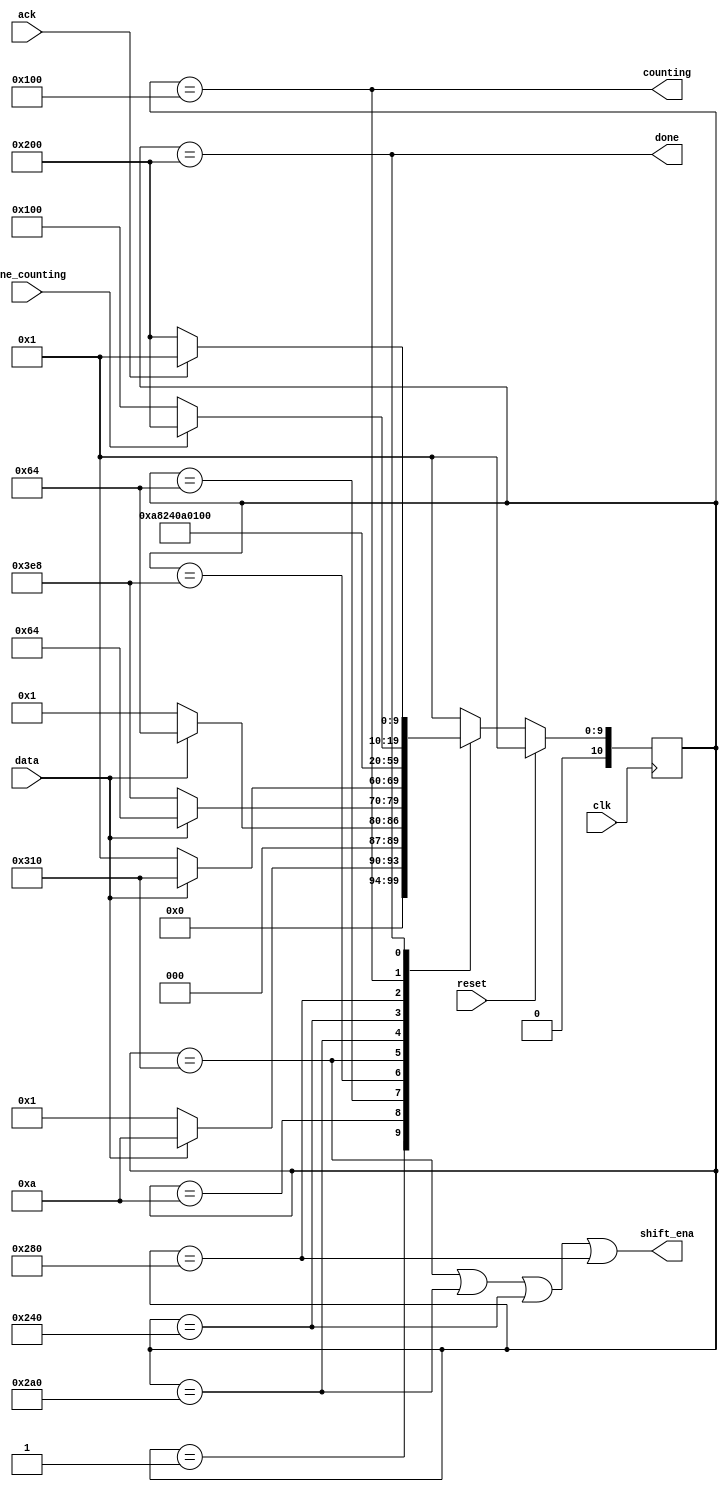
module top_module (
    input clk,
    input reset,      // Synchronous reset
    input data,
    output shift_ena,
    output counting,
    input done_counting,
    output done,
    input ack );
    parameter idle=      10'd000_000_000_1;
    parameter data_1=    10'd000_000_001_0;
    parameter data_11=   10'd000_000_010_0;
    parameter data_110=  10'd000_000_100_0;
    parameter shift_ena0=10'd000_001_000_0;
    parameter shift_ena1=10'd000_010_000_0;
    parameter shift_ena2=10'd000_100_000_0;
    parameter shift_ena3=10'd001_000_000_0;
    parameter cnting=    10'd010_000_000_0;
    parameter do_ne=      10'd100_000_000_0;
    reg [10:0]state;
    reg [10:0] next;
always @(posedge clk ) begin
    if (reset) begin
        state<=idle;
    end
    else begin
        state<=next;
    end
end
always @(*) begin
    case(state)
    idle      :begin
        if (data) begin
            next=data_1;
        end
        else begin
            next=idle;
        end
    end
    data_1    :begin
        if (data) begin
            next=data_11;
        end
        else begin
            next=idle;
        end
    end
    data_11   :begin
        if (!data) begin
            next=data_110;
        end
        else begin
            next=data_11;
        end
    end
    data_110  :begin
        if (data) begin
            next=shift_ena0;
        end
        else begin
            next=idle;
        end
    end
    shift_ena0:next=shift_ena1;
    shift_ena1:next=shift_ena2;
    shift_ena2:next=shift_ena3;
    shift_ena3:next=cnting;
    cnting    :begin
        if (done_counting) begin
            next=do_ne;
        end
        else begin
            next=cnting;
        end
    end
    do_ne      :begin
        if (ack) begin
            next=idle;
        end
        else begin
            next=do_ne;
        end
    end
    default   :next=idle;
    endcase
    end
    assign shift_ena = (state==shift_ena0)|(state==shift_ena1)|(state==shift_ena2)|(state==shift_ena3);
    assign counting =  (state==cnting);
    assign done = (state==do_ne);

endmodule